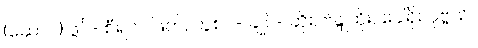
(ဆောင်) ဖွပ်- စီရင်- ဖြတ်, တွဲစပ်- ချုပ်- ဆိုး, ဗိန္ဒုထိုး, ခေါ်ရိုး ပုဗ္ဗသိ။